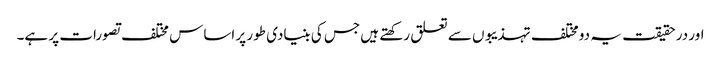
اور در حقیقت یہ دو مختلف تہذیبوں سے تعلق رکھتے ہیں جس کی بنیادی طور پر اساس مختلف تصورات پر ہے۔